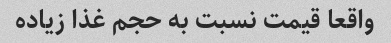
واقعا قیمت نسبت به حجم غذا زیاده